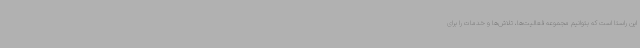
این راستا است که بتوانیم مجموعه فعالیت‌ها، تلاش‌ها و خدمات را برای